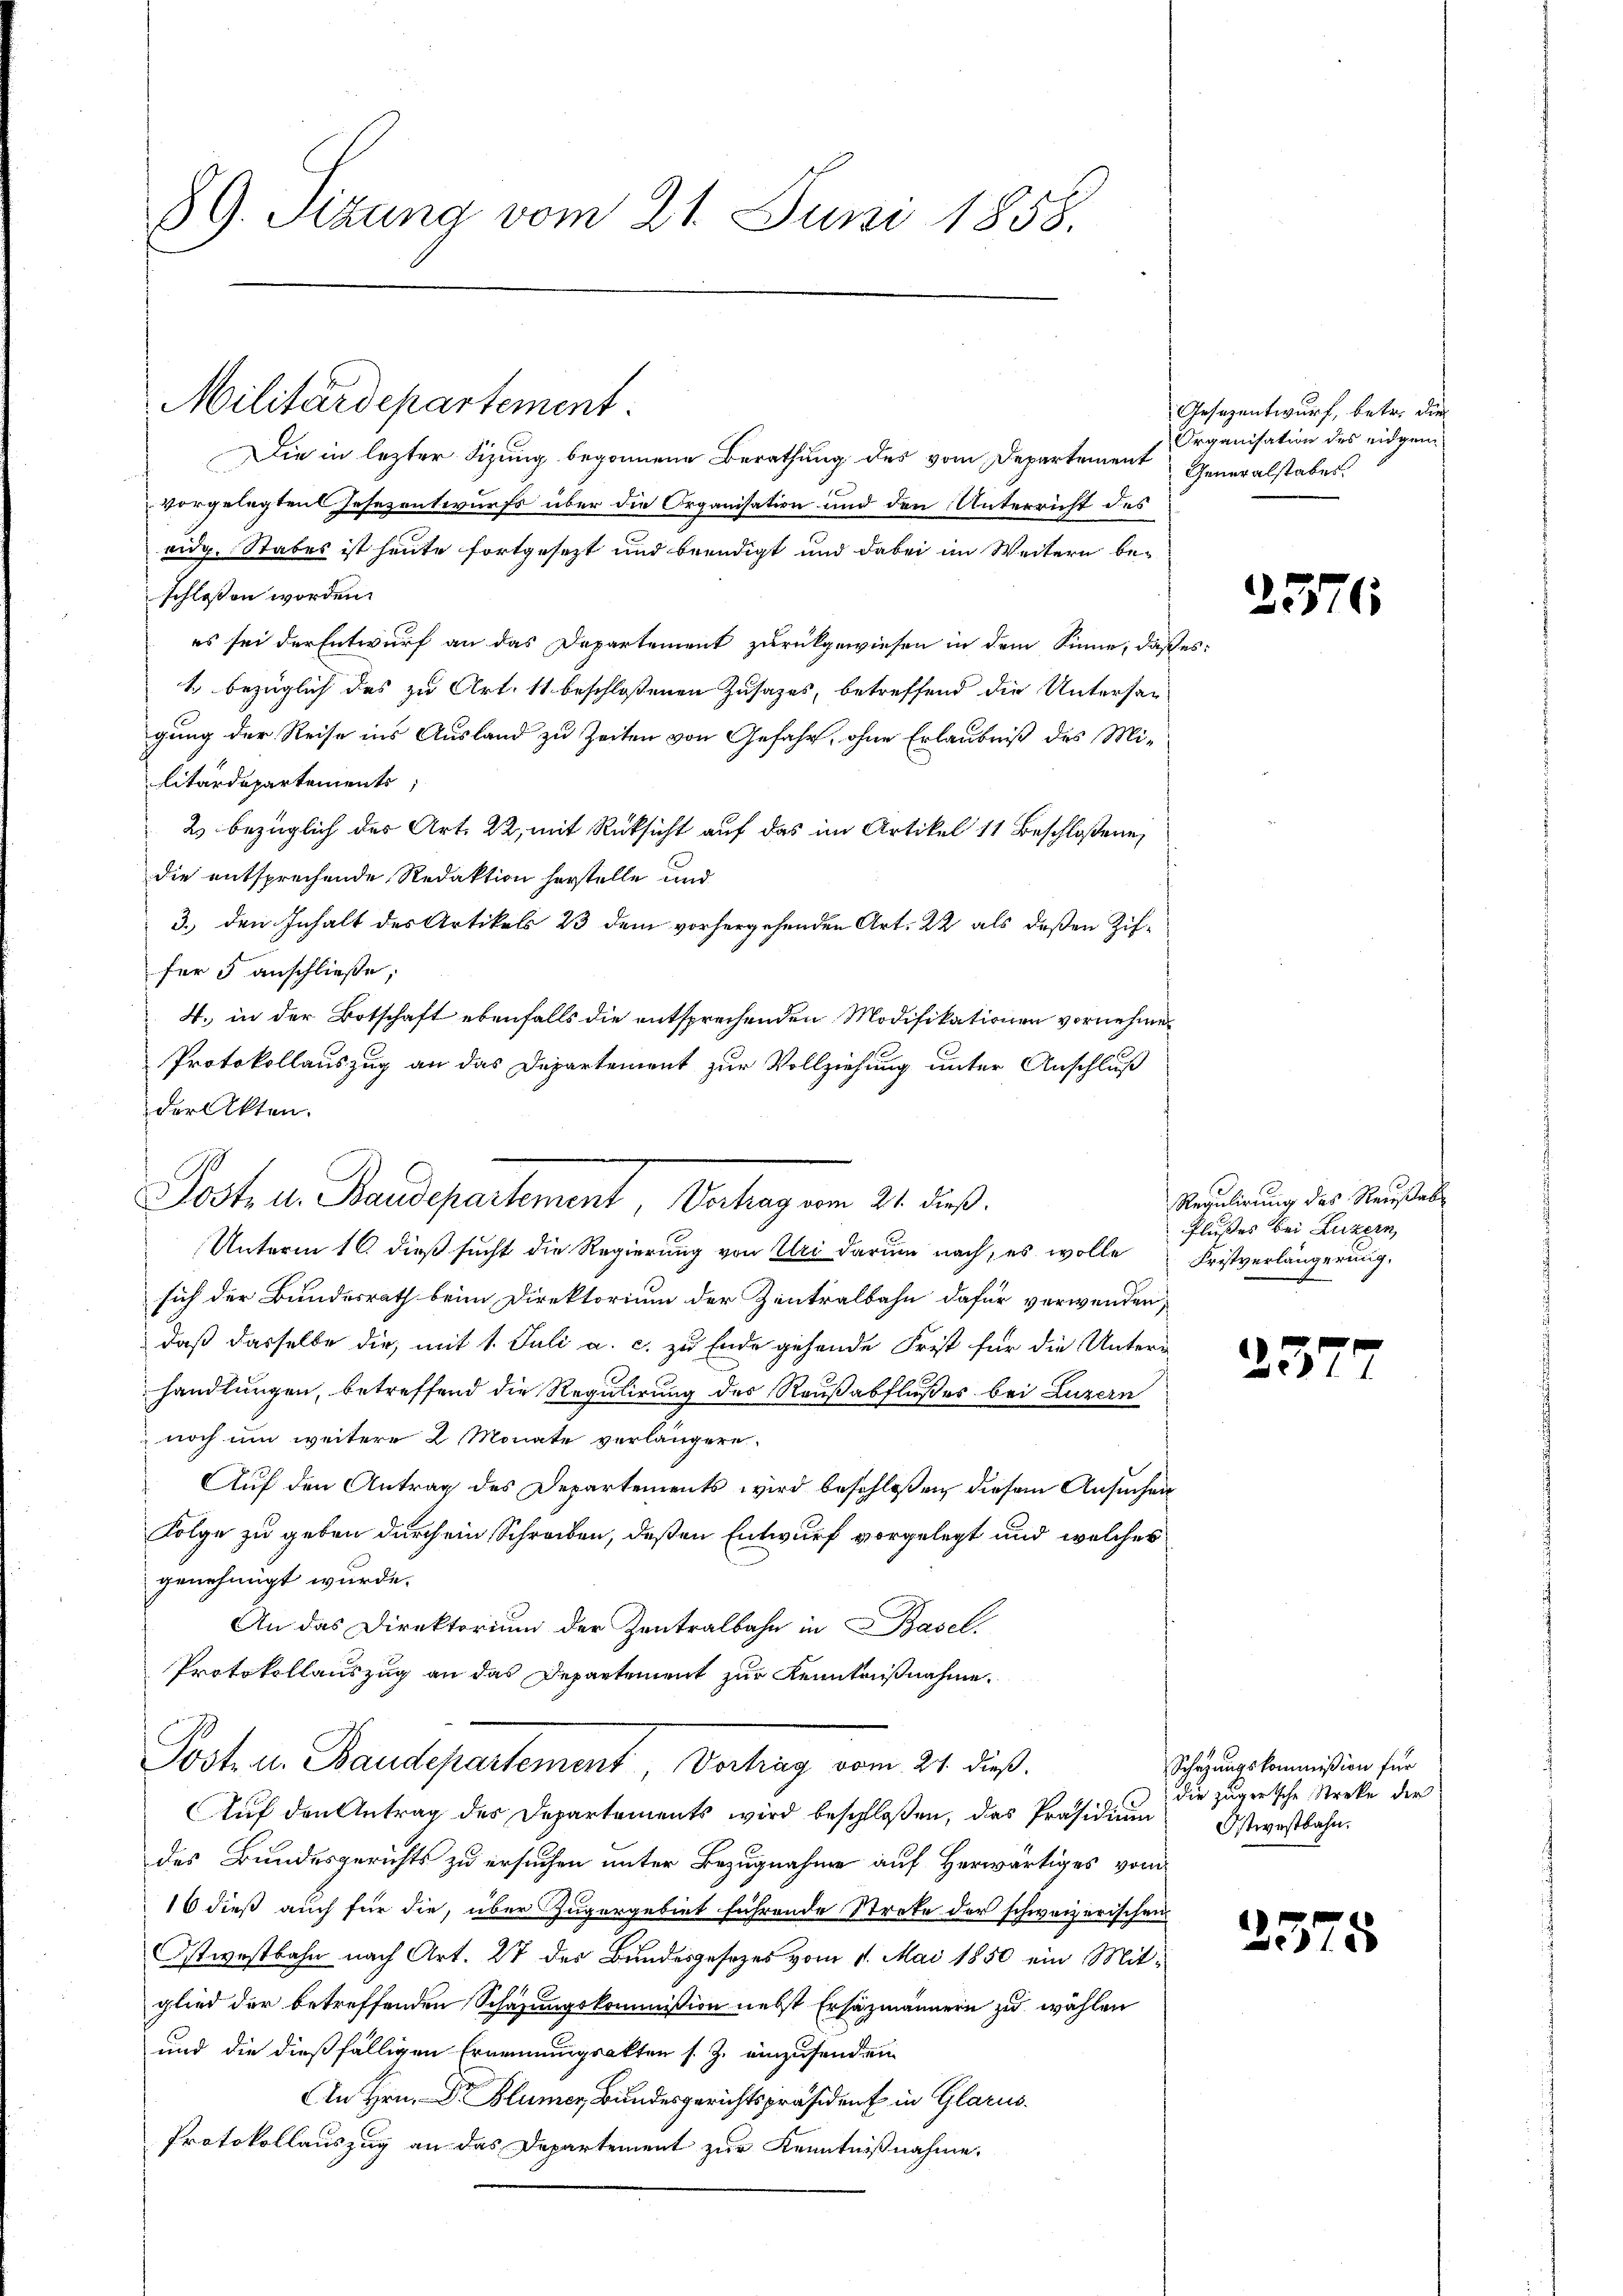
89. Sitzung vom 21. Juni 1858.

Militärdepartement.

Posta Baudepartement, Vortrag am 21. die

Die in lezter Sitzung begonnene Berathung des vom Departement
vorgelegten Gesezentwurfs über die Organisation und den Unterricht des
eidg. Stabes ist heute fortgesezt und beendigt und dabei im Weitern beschlossen worden.
es sei der Entwurf an das Departement zurückgewiesen in dem Sinne, daß
1. bezüglich des zu Art. 11 beschloßenen Zusazes, betreffend die Untersagung der Reise ins Ausland zu Zeiten von Gefahr, ohne Erlaubniß des Militärdepartements
2 bezüglich der Art. 22, mit Rücksicht auf das im Artikel 11 Beschloßene
die entsprechende Redaktion herstelle und
3.) den Inhalt des Artikels 23 dem vorhergehenden Art. 22 als deßen Ziffür 5 anschließe;
4. in der Botschaft ebenfalls die entsprechenden Modifikationen vornehmen
Protokollauszug an das Departement zur Vollziehung unter Anschluß
der Akten.
Unterm 16. dieß sucht die Regierung von Uri darum nach, es wolle
sich der Bundesrath beim Direktorium der Zentralbahn dafür verwenden,
daß dasselbe die, mit 1. Juli a. c. zu Ende gehende Frist für die Unters
handlungen, betreffend die Regulirung des Raußabflußes bei Luzern
 noch um weitere 2 Monate verlängern.
Auf den Antrag des Departements wird beschloßen diesem Ansuchen
Folge zu geben durch ein Schreiben, deßen Entwurf vorgelegt und welches
genehmigt wurde.
An das Direktorium der Zentralbahn in Basel,
Protokollauszug an das Departement zur Kenntnißnahme.
Post u. Baudepartement, Vertrag vom 21. dieß.
Auf den Antrag des Departements wird beschloßen, das Präsidium
des Bundesgerichts zu ersuchen unter Bezugnahme auf Herwärtiges von
16 dieß auch für die, über Zugergebiet führende Streke der schweizerischen
Ostwestbahn nach Art. 27 des Bundesgesezes vom 1. Mai 1850 ein Mitglied der betreffenden Schazungskommißion nebst Ersäzmännern zu wählen
und die dießfälligen Ernennungsakten s. Z. einzusenden
In Hrn. Dr. Blümer, Bundesgerichtspräsident in Glarus.
Protokollauszug an das Departement zur Kenntnißnahme.

Gesezentwurf, betr. die
Organisation des eidgen.
Generalstabes.

6

.

55

Regulirung des Neusab¬
Flußes bei Luzern,
Fristverlängerung.

23

Schazungskommißion für
die zugerische Streke der
Ostwestbahn.

255

5

s